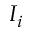
I _ { i }